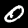
Label: 0